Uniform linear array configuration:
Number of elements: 48
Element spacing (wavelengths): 0.75
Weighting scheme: blackman
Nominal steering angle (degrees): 0
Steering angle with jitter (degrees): -0.01612
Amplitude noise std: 0.05
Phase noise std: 0.05

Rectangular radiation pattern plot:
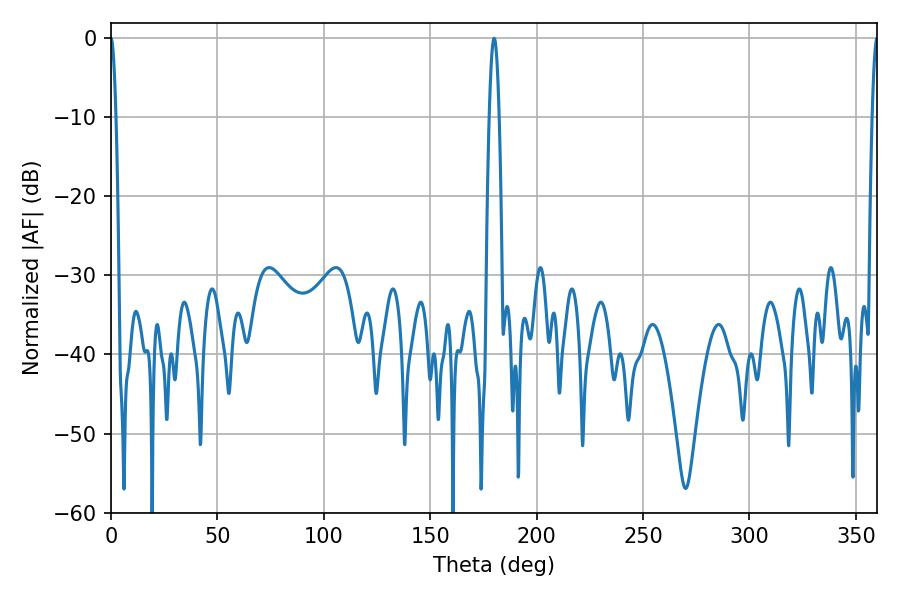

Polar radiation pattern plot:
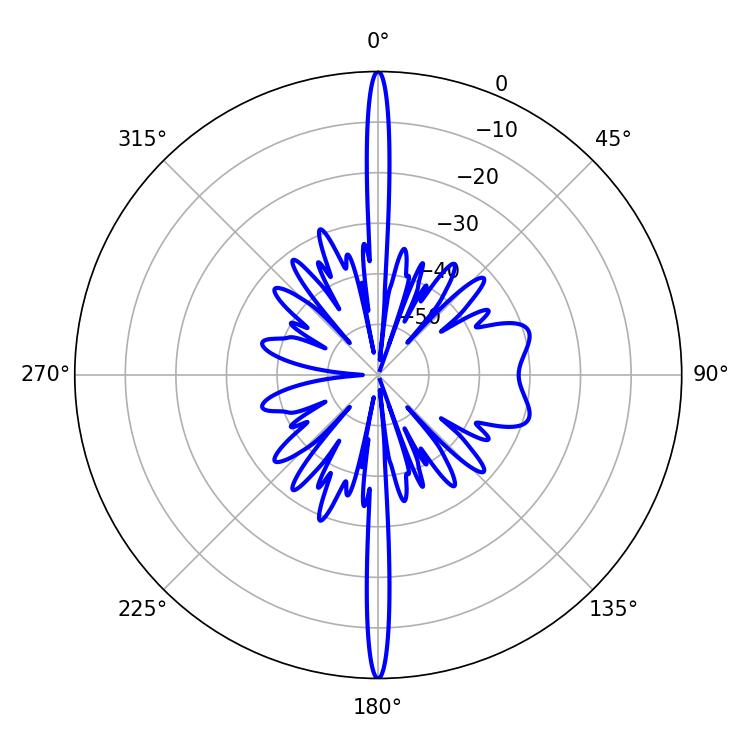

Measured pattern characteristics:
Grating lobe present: TRUE
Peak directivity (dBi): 35.664
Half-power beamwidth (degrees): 1.26
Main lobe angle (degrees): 0